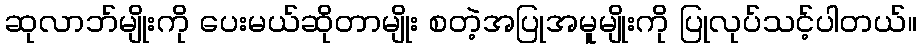
ဆုလာဘ်မျိုးကို ပေးမယ်ဆိုတာမျိုး စတဲ့အပြုအမူမျိုးကို ပြုလုပ်သင့်ပါတယ်။